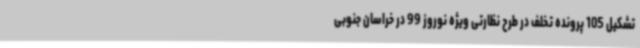
تشکیل 105 پرونده تخلف در طرح نظارتی ویژه نوروز 99 در خراسان جنوبی